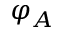
\varphi _ { A }